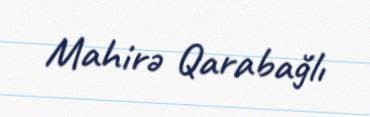
Mahirə Qarabağlı